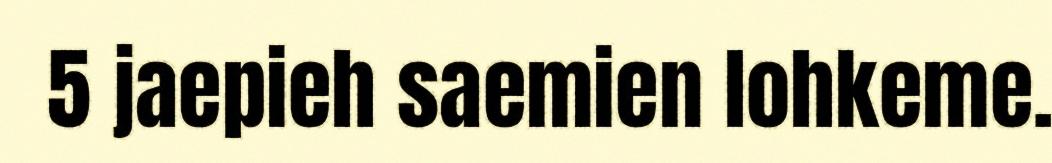
5 jaepieh saemien lohkeme.